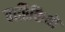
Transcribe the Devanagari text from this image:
बारिकियों